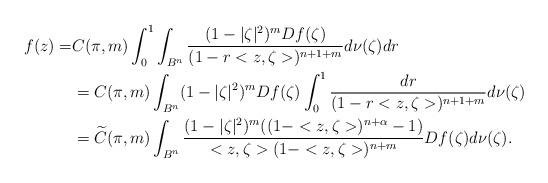
LaTeX: \begin{align*}f(z)=&C(\pi,m)\int_0^1\int_{B^n}\frac{(1-|\zeta |^2)^m Df(\zeta)}{(1-r<z,\zeta> )^{n+1+m}}d\nu(\zeta)dr\\&=C(\pi,m)\int_{B^n}(1-|\zeta |^2)^m Df(\zeta)\int_0^1\frac{dr}{(1-r<z,\zeta> )^{n+1+m}}d\nu(\zeta)\\&=\widetilde C(\pi,m)\int_{B^n}\frac{(1-|\zeta |^2)^m((1-<z,\zeta>)^{n+\alpha}-1)}{<z,\zeta>(1-<z,\zeta>)^{n+m}}Df(\zeta)d\nu(\zeta).\end{align*}